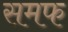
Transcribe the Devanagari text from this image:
समफ